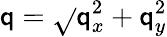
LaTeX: \mathsf{q}=\sqrt{}{{\mathsf{q}_{x}^{2}+\mathsf{q}_{y}^{2}}}